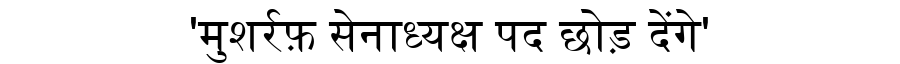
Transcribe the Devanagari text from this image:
'मुशर्रफ़ सेनाध्यक्ष पद छोड़ देंगे'